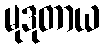
မုဒုတာယ